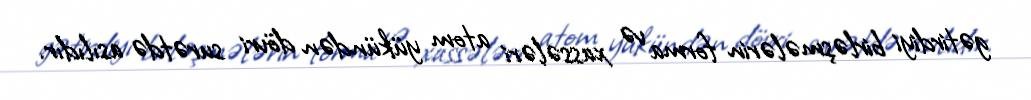
gətirdiyi birləşmələrin forma və xassələri atom yükündən dövri surətdə asılıdır.